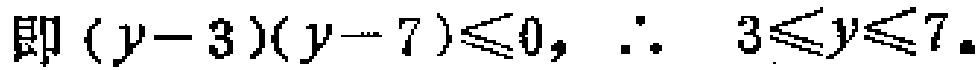
即\((y - 3)(y - 7) \leq 0,\ \therefore\ 3 \leq y \leq 7\)